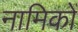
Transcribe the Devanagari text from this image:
नामिकों